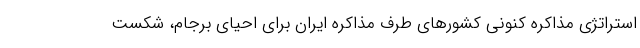
استراتژی مذاکره کنونی کشورهای طرف مذاکره ایران برای احیای برجام، شکست